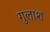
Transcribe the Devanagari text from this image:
गुलाश